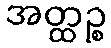
အတ္ထဉ္စ